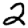
Digit: 2